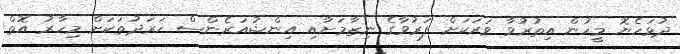
ދުޅަހެޔޮ މީހުން އިތުރުވާ ވަރަކަށް ފަރުވާގެ ނިޒާމަށާއި އިންޝުއަރެންސް ހަރަދުތަކަށް މިހާރު އޮތް